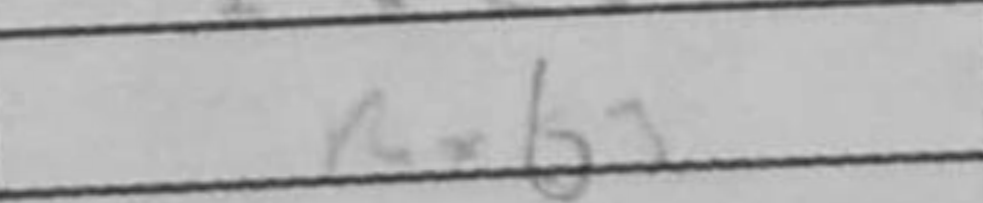
Transcription: Rxb3